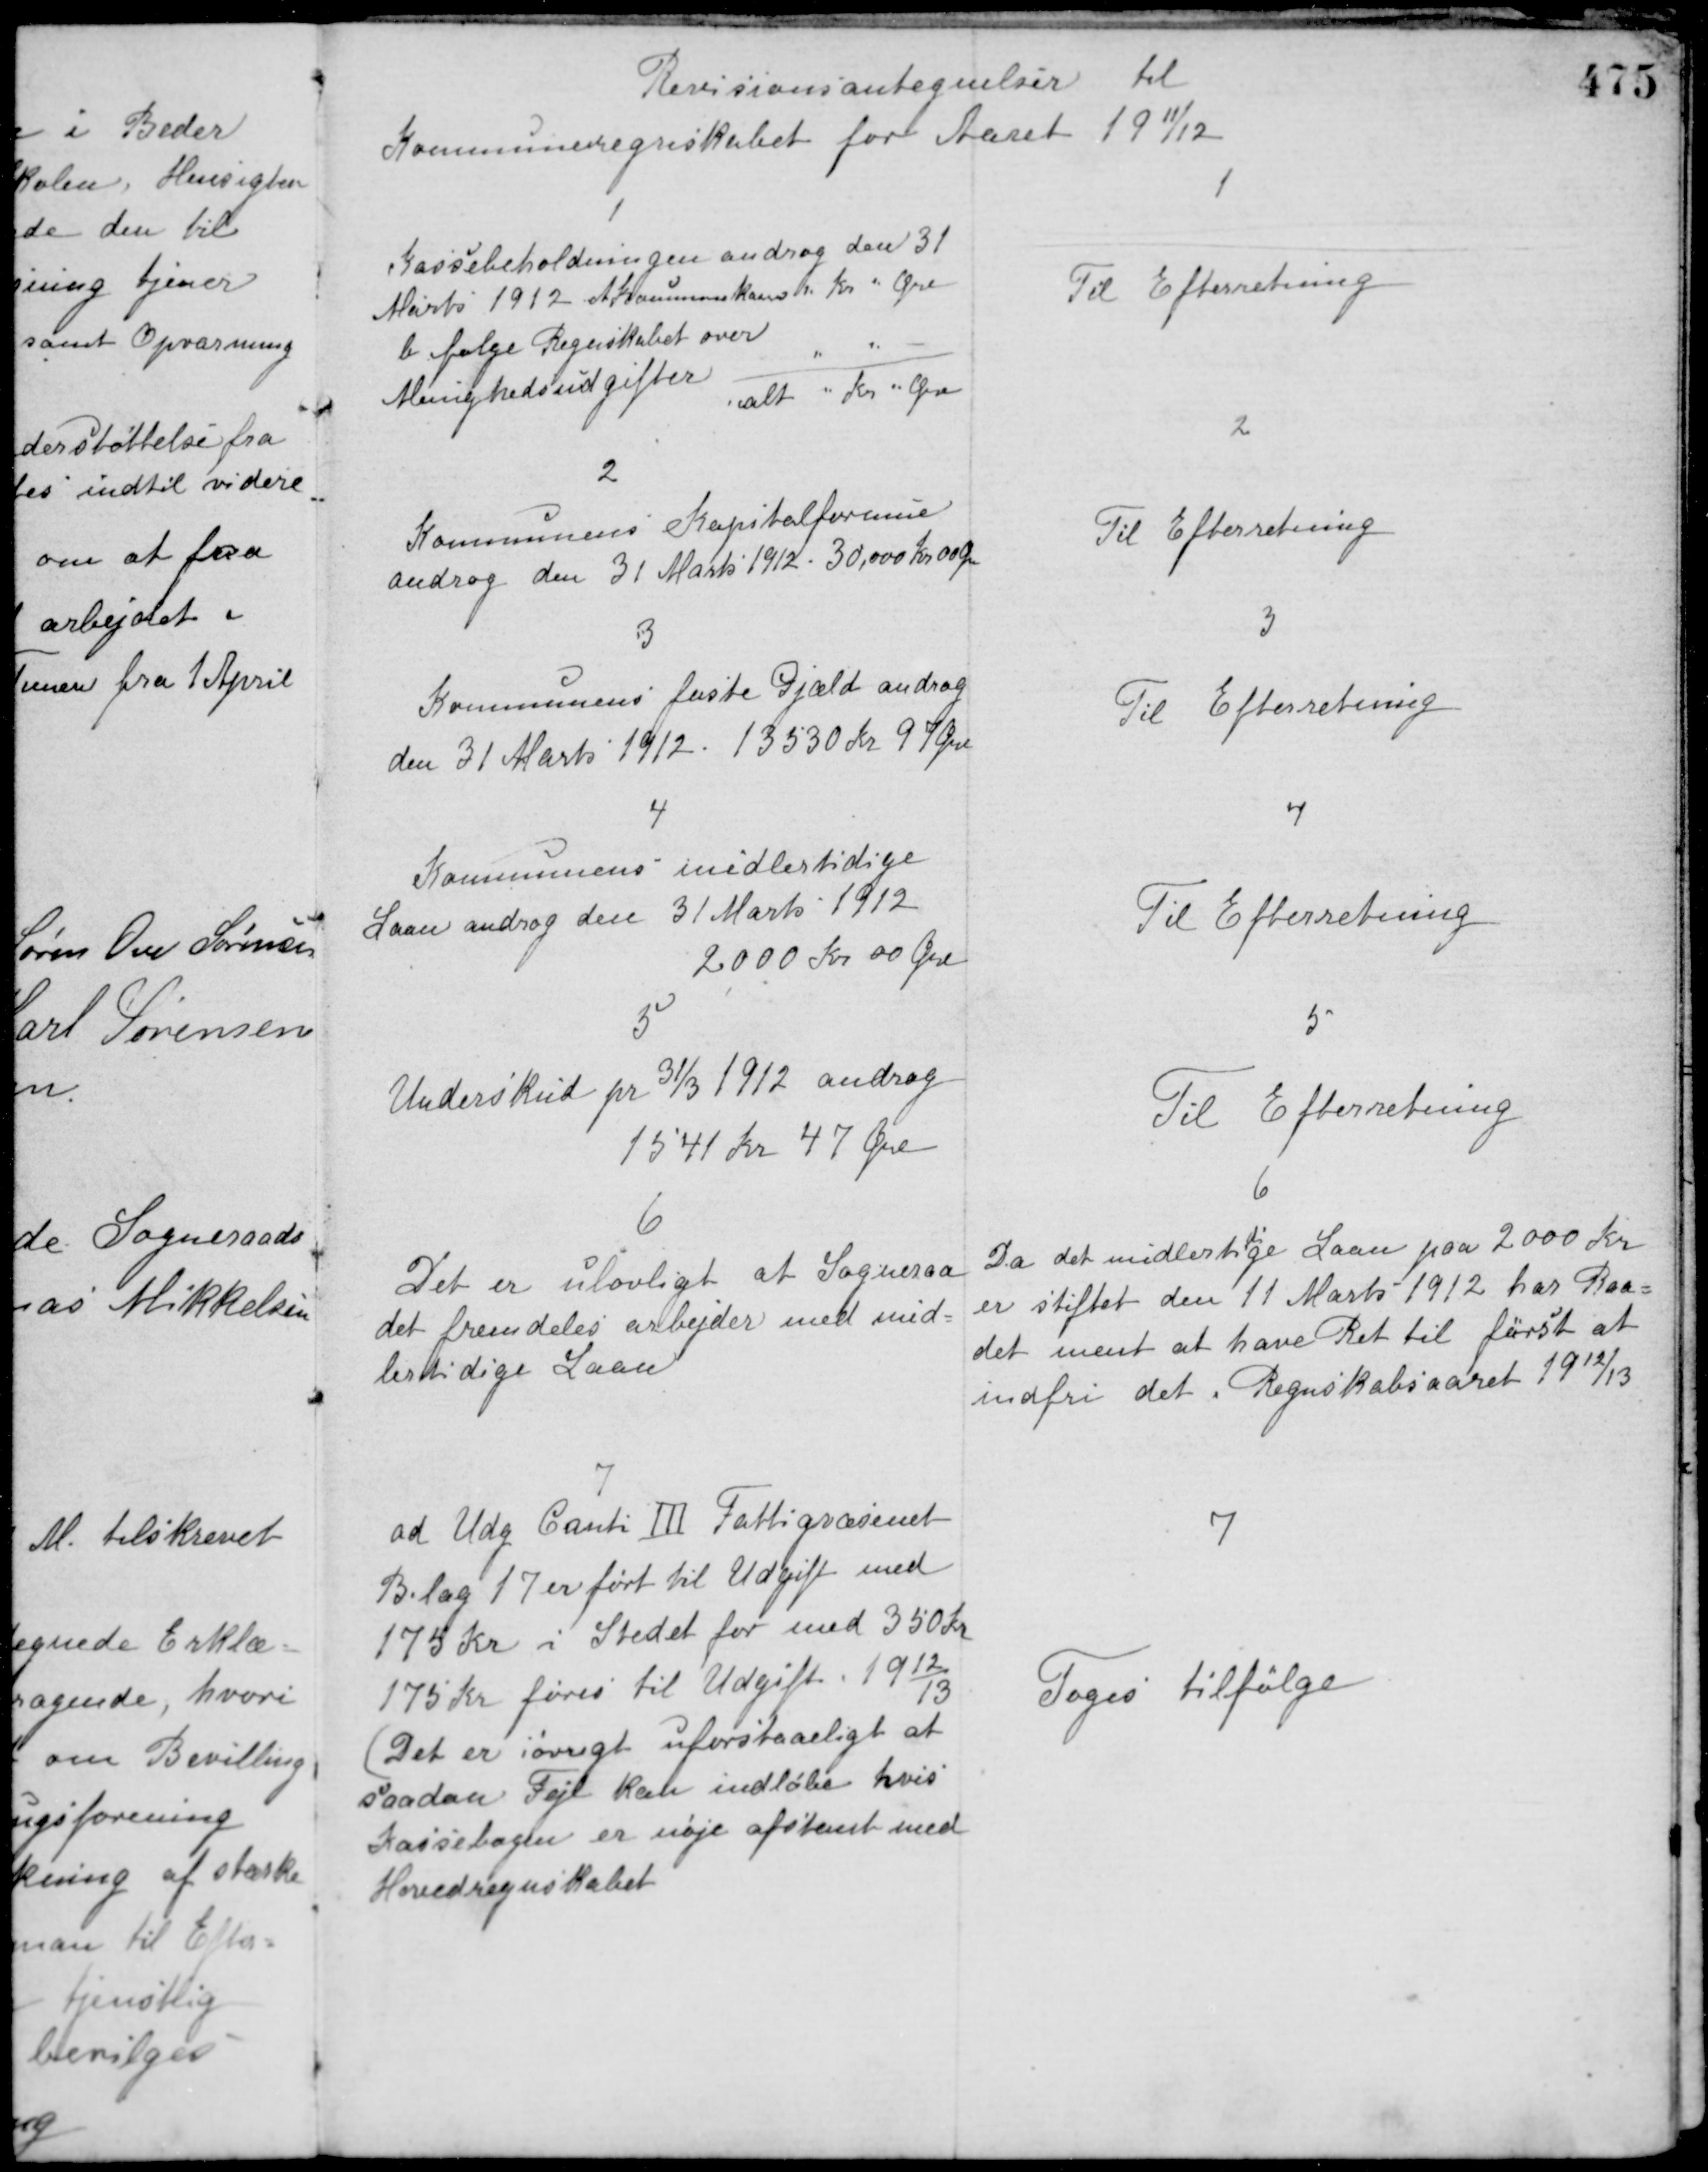
Transskription:
Revisionsantegnelser til
Kommuneregnskabet for Aaret 1911/12

1
Kassebeholdningen androg den 31
Marts 1912 A Kommunekasse " Kr " Øre
b ifølge Regnskabet over
Menighedsudgifter " " -
ialt " Kr. " Øre

1
Til Efterretning

2
Kommunens Kapitalformue
androg den 31 Marts 1912. 30.000 Kr. 00 Øre

2
Til Efterretning

3
Kommunens faste Gjæld androg
den 31 Marts 1912. 13530 Kr. 97 Øre

3
Til Efterretning

4
Kommunens midlertidige
Laan androg den 31 Marts 1912
2000 Kr. 00 Øre

4
Til Efterretning

5
Underskud pr 31/3 1912 androg
1541 Kr. 47 Øre

5
Til Efterretning

6
Det er ulovligt at Sogneraa-
det fremdeles arbejder med mid-
lertidige Laan.

6
Da det midlertidige Laan paa 2000 Kr.
er stiftet den 11 Marts 1912 har Raa-
det ment at have Ret til først at
indfri det i Regnskabsaaret 1912/13.

7
ad Udg. Conti Ⅲ Fattigvæsenet
Bilag 17 er ført til Udgift med
175 Kr. i Stedet for med 350 Kr.
175 Kr. føres til Udgift 1912/13
(Det er iøvrigt uforstaaeligt at
saadan Fejl kan indløbe hvis
Kassebogen er nøje afstemt med
Hovedregnskabet.

7
Tages tilfølge